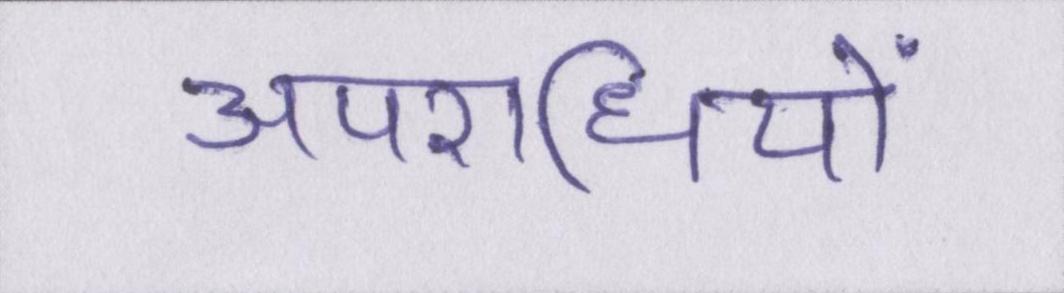
अपराधियों